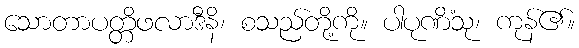
သောတာပတ္တိဖလာဒီနိ၊ စသည်တို့ကို။ ပါပုဏိံသု၊ ကုန်၏။